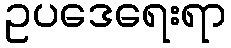
ဥပဒေရေးရာ